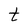
Character: t